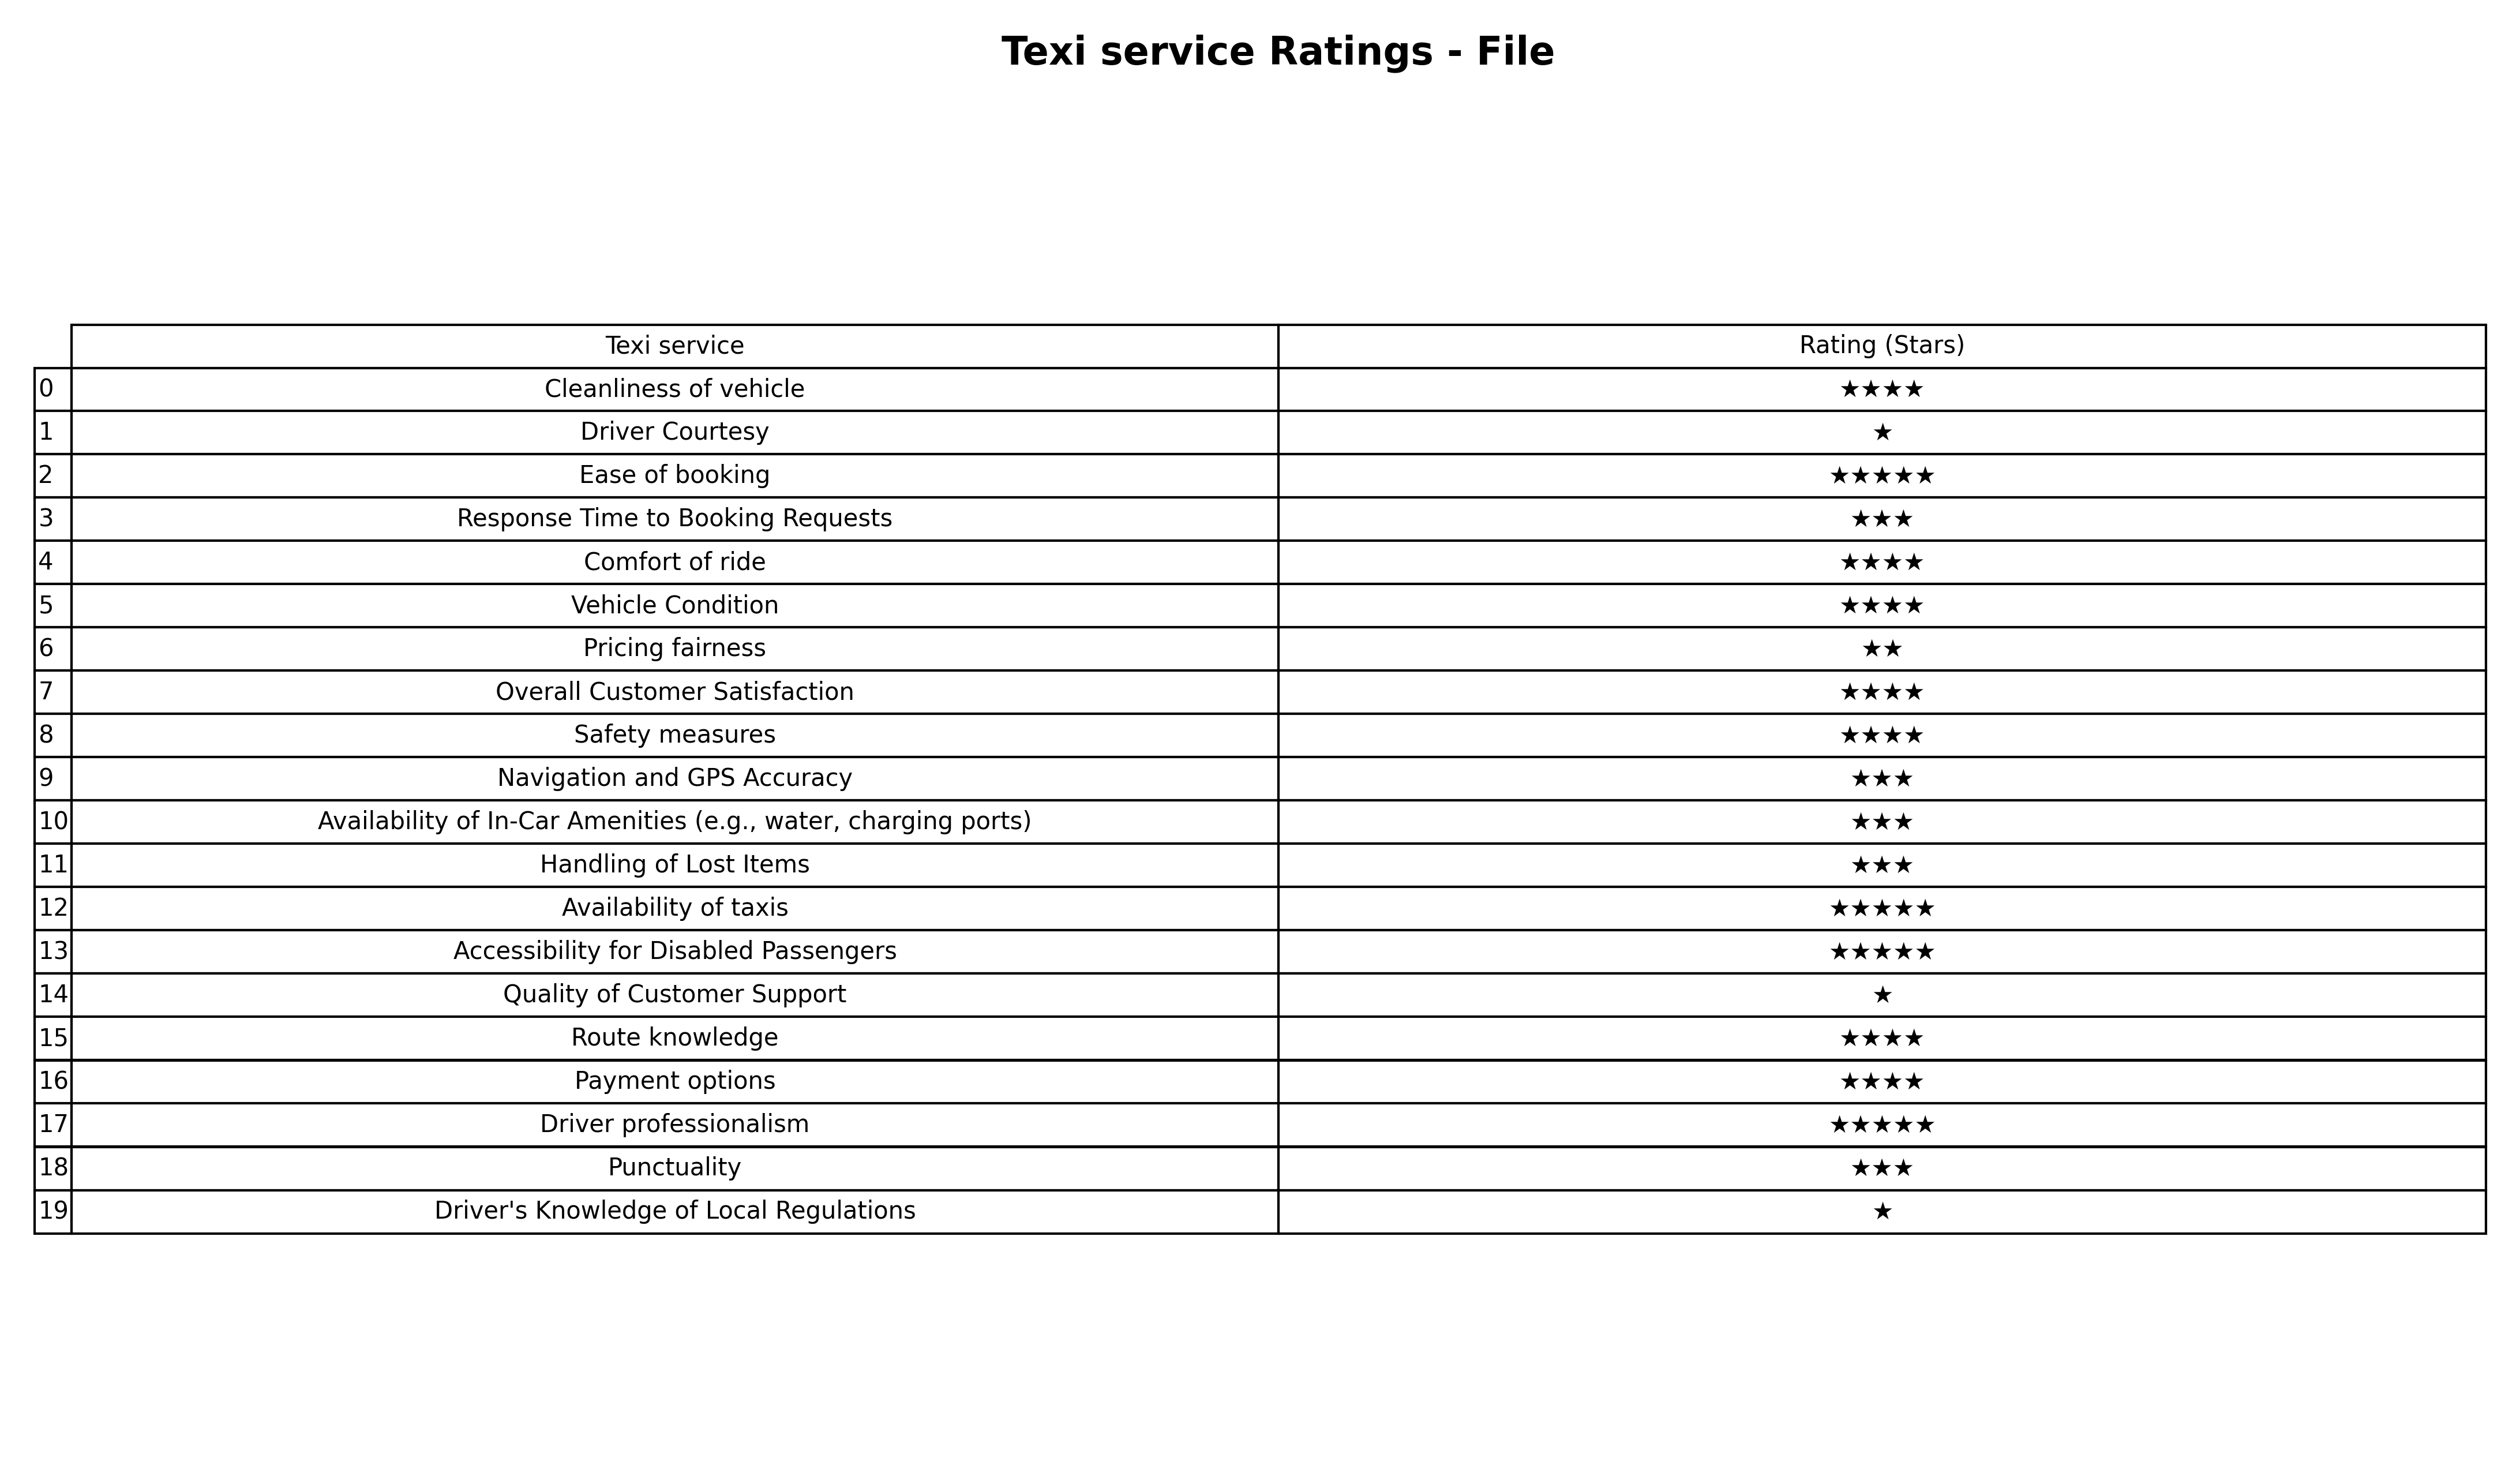
question: What are highest rating services?
answer: Cleanliness of vehicleComfort of rideVehicle ConditionOverall Customer SatisfactionSafety measuresRoute knowledgePayment options